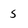
Character: 5